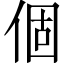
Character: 個